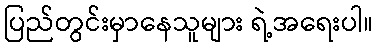
ပြည်တွင်းမှာနေသူများ ရဲ့အရေးပါ။